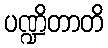
ပဏ္ဍိတာတိ